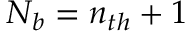
N _ { b } = n _ { t h } + 1